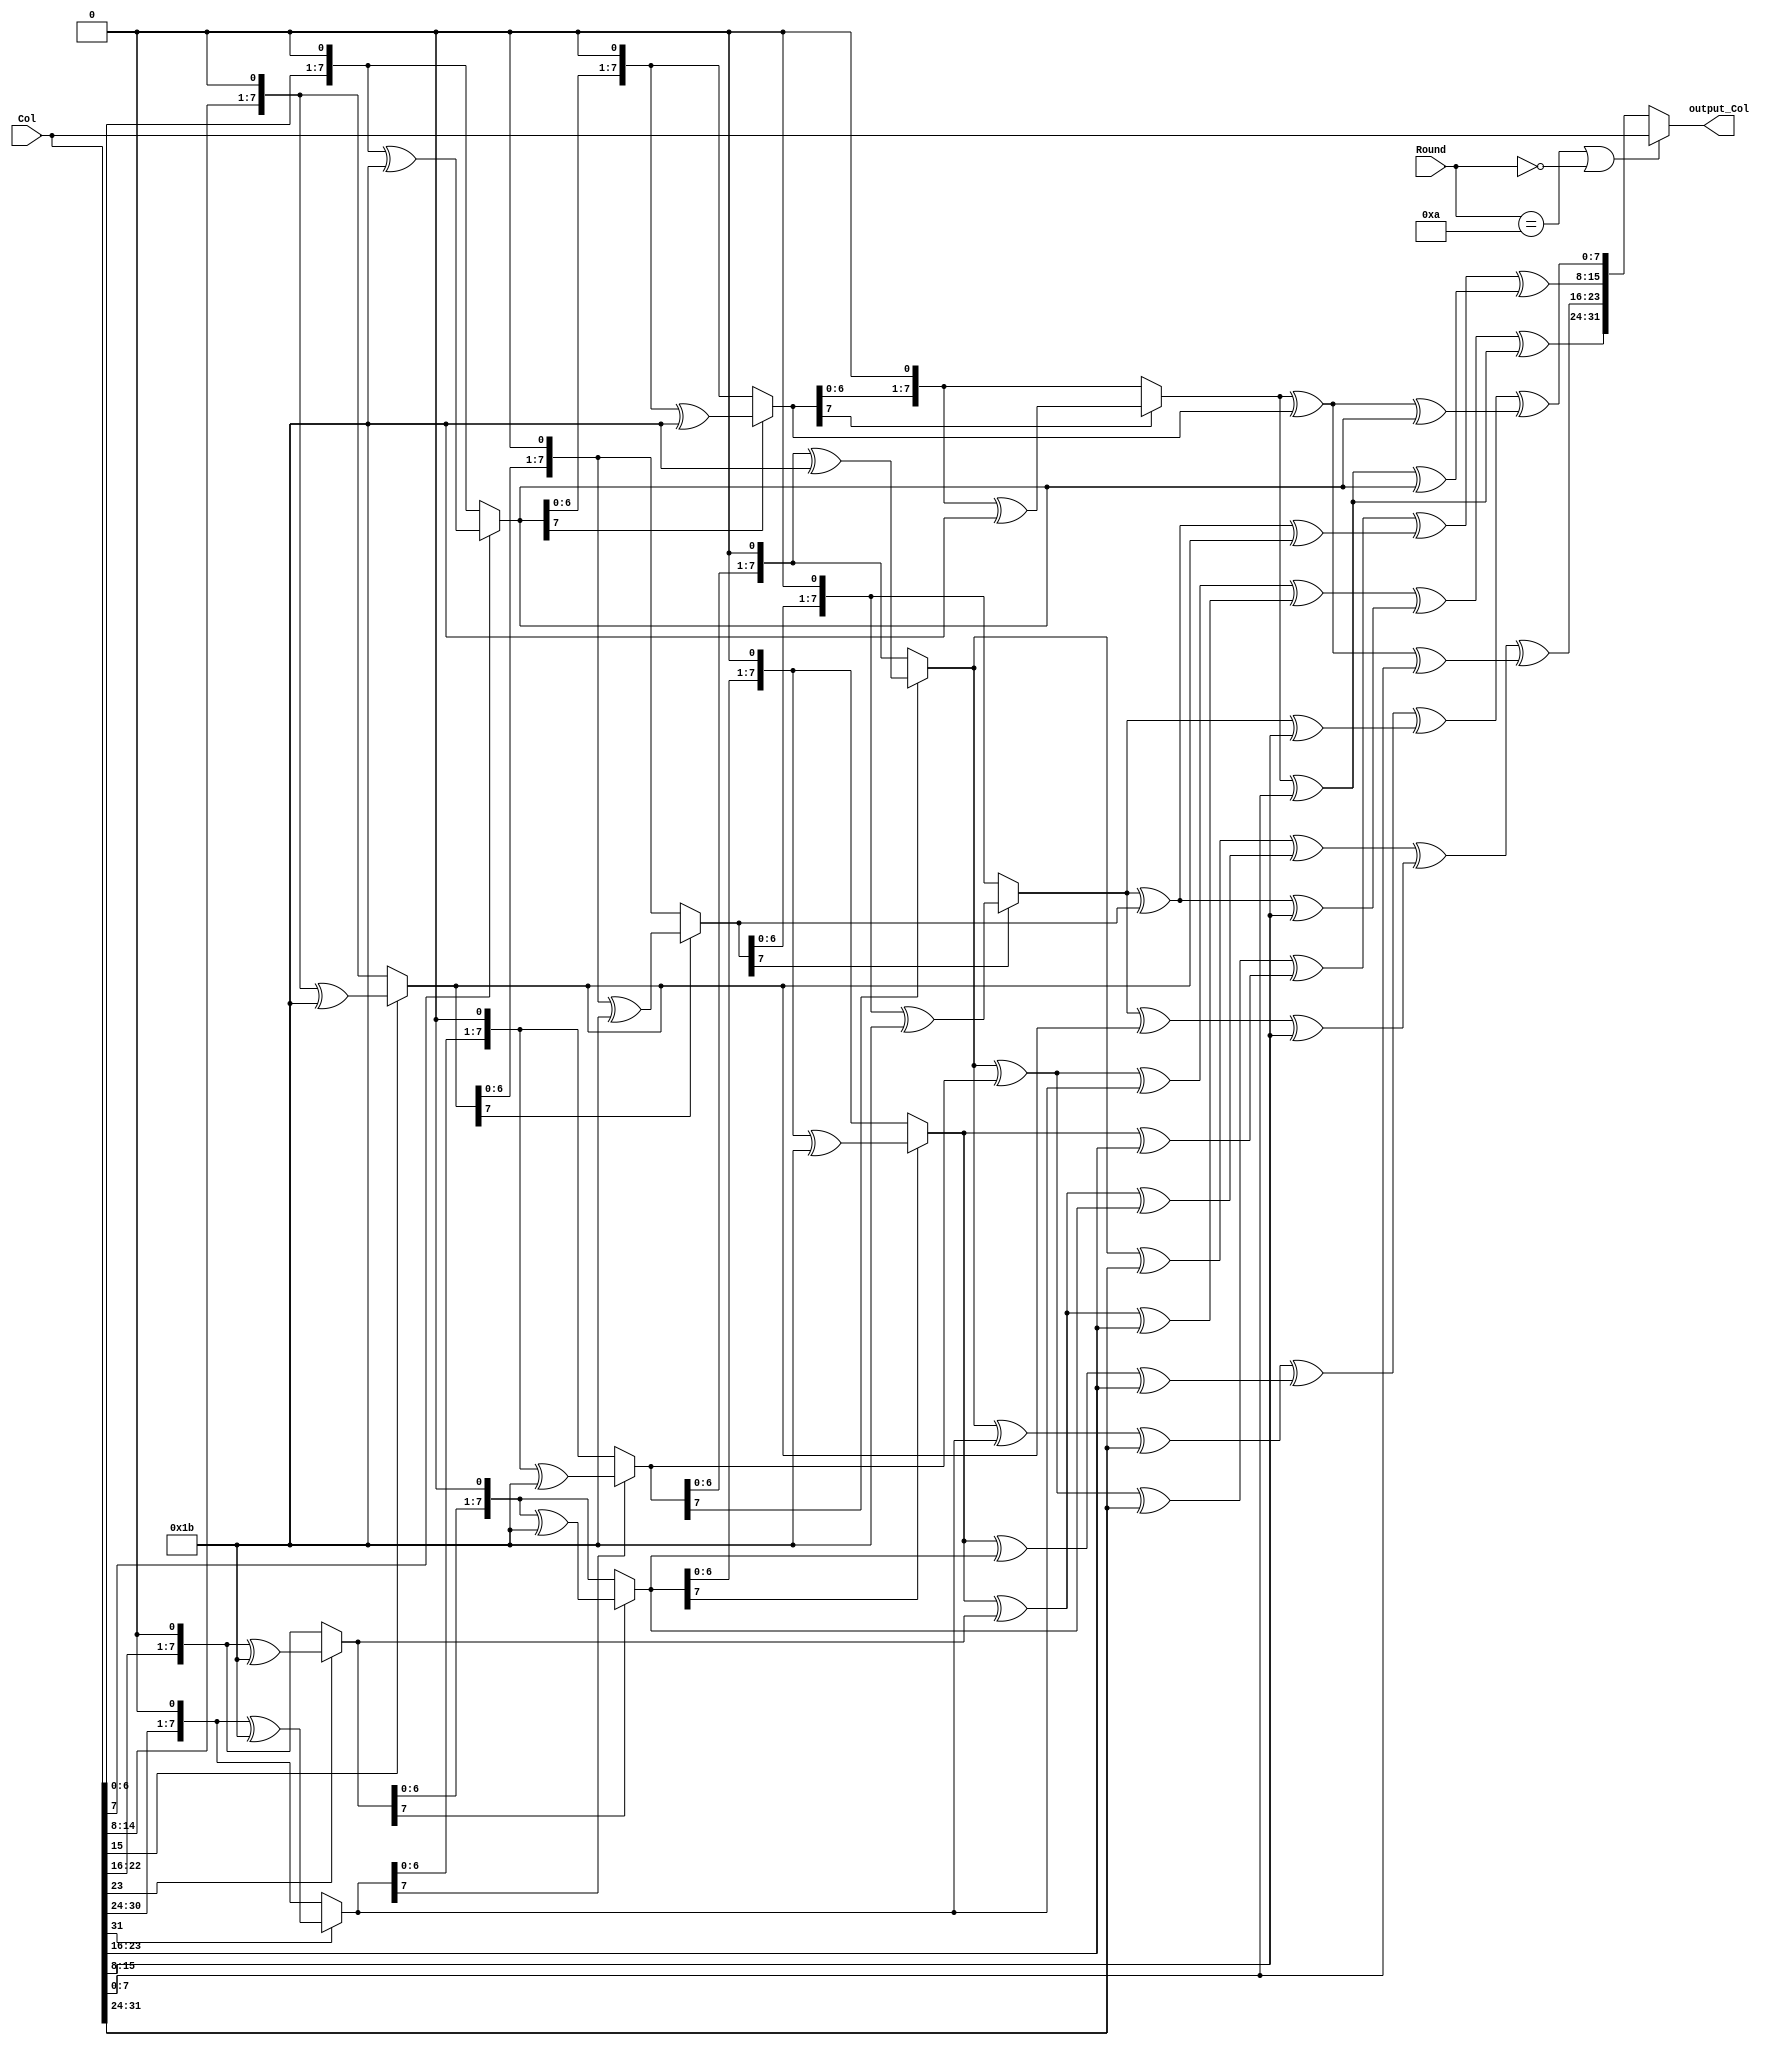
`timescale 1ns / 1ps
//////////////////////////////////////////////////////////////////////////////////
// Company: 
// Engineer: 
// 
// Design Name: 
// Module Name:    mixCol 
// Project Name: 
// Target Devices: 
// Tool versions: 
// Description: 
//
// Dependencies: 
//
// Revision: 
// Revision 0.01 - File Created
// Additional Comments: 
//
//////////////////////////////////////////////////////////////////////////////////
module mixCol(Col,output_Col,Round
);

input [31:0] Col;
input [3:0] Round; 
wire [7:0] x0,x1,x2,x3,x4,x5,x6,x7,x8,x9,x10,x11,x12,x13,x14,x15;
output wire [31:0] output_Col;
wire [31:0] outputCol;

/* Advanced Multiplcation */ 
/* 
mul with 09 = xor(x3,x0)    8+1
mul with 0B = xor(x3,x1,x0) 8+2+1
mul with 0d = xor(x3,x2,x0) 8+4+1
mul with 0E = xor(x3,x2,x1) 8+4+2
*/ 
 
assign  x0 = Col[7:0];
assign	x1 = (x0[7]==1'b1)? ({x0[6:0],1'b0}^(8'h1b)):({x0[6:0],1'b0}); //x0 * 2
assign	x2 = (x1[7]==1'b1)? ({x1[6:0],1'b0}^(8'h1b)):({x1[6:0],1'b0}); //x0 * 4
assign	x3 = (x2[7]==1'b1)? ({x2[6:0],1'b0}^(8'h1b)):({x2[6:0],1'b0}); //x0 * 8
   
assign  x4 = Col[15:8];
assign	x5 = (x4[7]==1'b1)? ({x4[6:0],1'b0}^(8'h1b)):({x4[6:0],1'b0}); //x4 * 2
assign	x6 = (x5[7]==1'b1)? ({x5[6:0],1'b0}^(8'h1b)):({x5[6:0],1'b0}); //x4 * 4
assign	x7 = (x6[7]==1'b1)? ({x6[6:0],1'b0}^(8'h1b)):({x6[6:0],1'b0}); //x4 * 8
	
assign  x8 = Col[23:16];
assign	x9  = (x8[7]==1'b1)? ({x8[6:0],1'b0}^(8'h1b)):({x8[6:0],1'b0});//x8 * 2
assign	x10 = (x9[7]==1'b1)? ({x9[6:0],1'b0}^(8'h1b)):({x9[6:0],1'b0});//x8 * 4
assign	x11 = (x10[7]==1'b1)? ({x10[6:0],1'b0}^(8'h1b)):({x10[6:0],1'b0});//x8 * 8
	
assign  x12 = Col[31:24];
assign	x13 = (x12[7]==1'b1)? ({x12[6:0],1'b0}^(8'h1b)):({x12[6:0],1'b0});//x12 * 2
assign	x14 = (x13[7]==1'b1)? ({x13[6:0],1'b0}^(8'h1b)):({x13[6:0],1'b0});//x12 * 4
assign	x15 = (x14[7]==1'b1)? ({x14[6:0],1'b0}^(8'h1b)):({x14[6:0],1'b0});//x12 * 8



/*
Inverse matrix

0E	0B	0D	09
09	0E	0B	0D
0D	09	0E	0B
0B	0D	09	0E
*/

assign outputCol[31:24]  =(x15^x14^x13)^(x11^x9^x8)^(x7^x6^x4)^(x3^x0); //first elem*0E + second elem*0B + third elem*0D + fourth elem*09 
assign outputCol[23:16]  =(x15^x12)^(x11^x9^x10)^(x7^x5^x4)^(x3^x2^x0); //first elem*09 + second elem*0E + third elem*0B + fourth elem*0D
assign outputCol[15:8]   =(x15^x14^x12)^(x11^x8)^(x7^x6^x5)^(x3^x0^x1); //first elem*0D + second elem*09 + third elem*0E + fourth elem*0B
assign outputCol[7:0]    =(x15^x13^x12)^(x11^x10^x8)^(x7^x4)^(x3^x2^x1);//first elem*0B + second elem*0D + third elem*09 + fourth elem*0E
				
//output=input at round 10 and 0
assign output_Col  = (Round == 4'b1010 || Round == 4'b0000) ? Col : outputCol;

endmodule